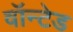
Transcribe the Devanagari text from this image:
वॉन्टेड